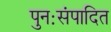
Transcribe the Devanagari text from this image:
पुनःसंपादित